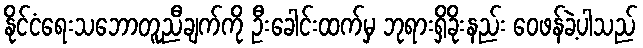
နိုင်ငံရေးသဘောတူညီချက်ကို ဦးခေါင်းထက်မှ ဘုရားရှိခိုးနည်း ဝေဖန်ခဲ့ပါသည်